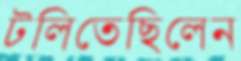
টলিতেছিলেন